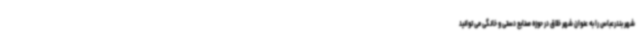
شهر بندرعباس را به عنوان شهر خلاق در حوزه صنایع دستی و خانگی می توانید